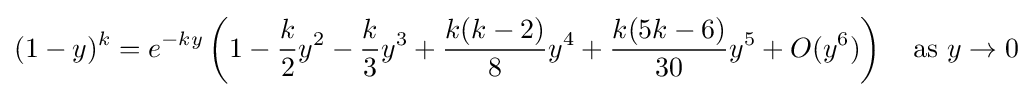
(1-y)^{k}=e^{-ky}\left(1-{\frac {k}{2}}y^{2}-{\frac {k}{3}}y^{3}+{\frac {k(k-2)}{8}}y^{4}+{\frac {k(5k-6)}{30}}y^{5}+O(y^{6})\right)\quad {\text{as }}y\rightarrow 0